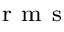
_ { \mathrm { ~ r ~ m ~ s ~ } }